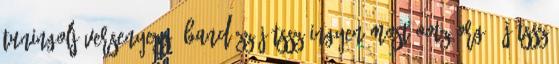
Tuningolj Versenyezz, Bandázz Játssz Ingyen Most Ootz.org - Játssz